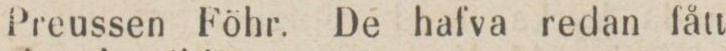
Preussen Föhr. De hafva redan fått